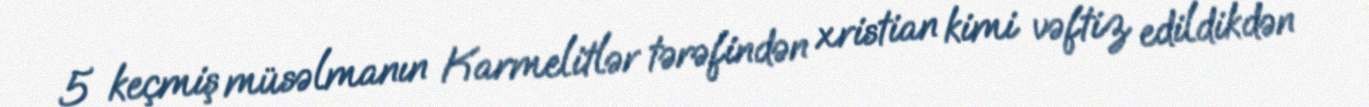
5 keçmiş müsəlmanın Karmelitlər tərəfindən xristian kimi vəftiz edildikdən